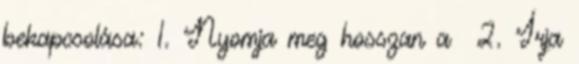
bekapcsolása: 1. Nyomja meg hosszan a 2. Írja